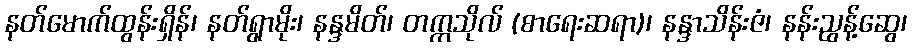
နတ်မောက်ထွန်းရှိန်၊ နတ်ရွာမိုး၊ နန္ဒမိတ်၊ တက္ကသိုလ် (စာရေးဆရာ)၊ နန္ဒာသိန်းဇံ၊ နန်းညွန့်ဆွေ၊